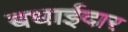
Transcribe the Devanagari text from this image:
बधाईदार